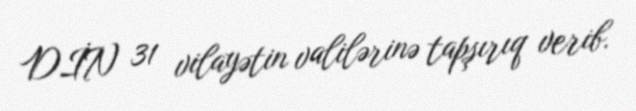
DİN 31 vilayətin valilərinə tapşırıq verib.